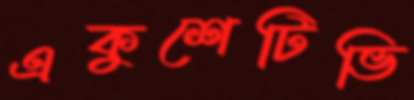
একুশেটিভি